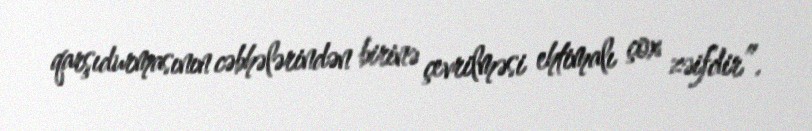
qarşıdurmasının cəbhələrindən birinə çevrilməsi ehtimalı çox zəifdir”.